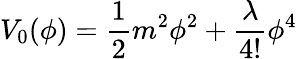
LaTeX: V_{0}(\phi)=\frac{1}{2}m^{2}\phi^{2}+\frac{\lambda}{4!}\phi^{4}